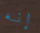
إنه